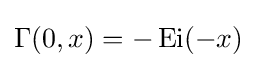
\Gamma (0,x)=-\operatorname {Ei} (-x)